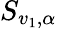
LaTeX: S_{v_{1},\alpha}